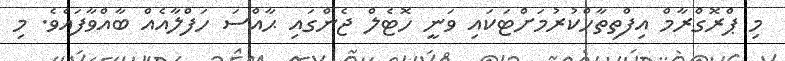
މި ޕްރޮގްރާމް އިފްތިތާހްކުރުމަށްޓަކައި ވަނީ ހޮޓެލް ޖެންގައި ޙާއްސަ ހަފްލާއެއް ބާއްވާފައެވެ. މި